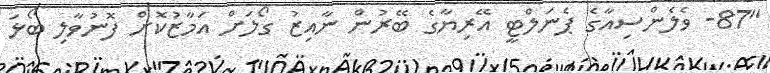
"87- ވެލެންސިއާގެ ޕެނަލްޓީ އޭރިޔާގެ ބޭރުން ނާއިޒު ގޯލަށް އަމާޒުކޮށް ފޮނުވާލި ބޯޅަ